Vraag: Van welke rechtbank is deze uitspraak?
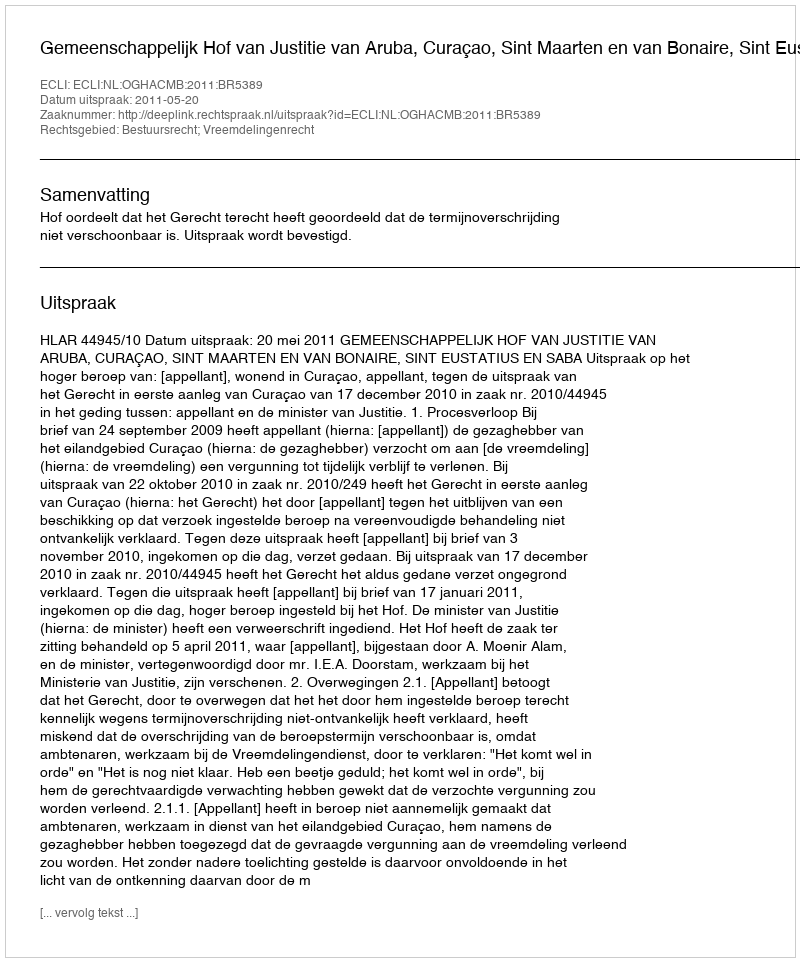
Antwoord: Gemeenschappelijk Hof van Justitie van Aruba, Curaçao, Sint Maarten en van Bonaire, Sint Eustatius en Saba